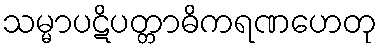
သမ္မာပဋိပတ္တာဓိကရဏဟေတု